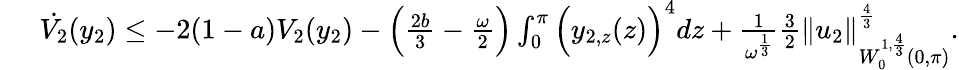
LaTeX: \begin{array}{r}{\phantom{eee}\dot{V_{2}}(y_{2})\leq-2(1-a)V_{2}(y_{2})-\Big(\frac{2b}{3}-\frac{\omega}{2}\Big)\int_{0}^{\pi}{\Big(y_{2,z}(z)\Big)^{4}dz}+\frac{1}{\omega^{\frac{1}{3}}}\frac{3}{2}\| u_{2}\| _{W_{0}^{1,\frac{4}{3}}(0,\pi)}^{\frac{4}{3}}.}\end{array}